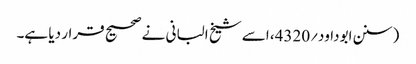
(سنن ابوداود؍4320، اسے شیخ البانی نے صحیح قرار دیا ہے۔